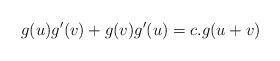
LaTeX: \begin{align*}g(u)g'(v) + g(v)g'(u) = c. g(u+v)\end{align*}